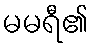
မမရီ၏